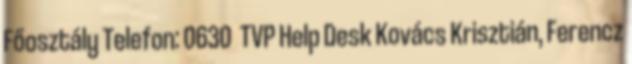
Főosztály Telefon: 0630 TVP Help Desk Kovács Krisztián, Ferencz